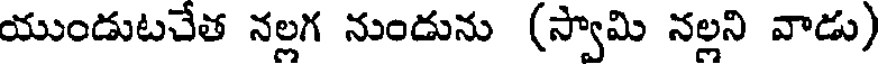
యుండుటచేత నల్లగ నుండును (స్వామి నల్లని వాడు)